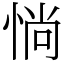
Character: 惝